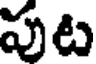
పుట